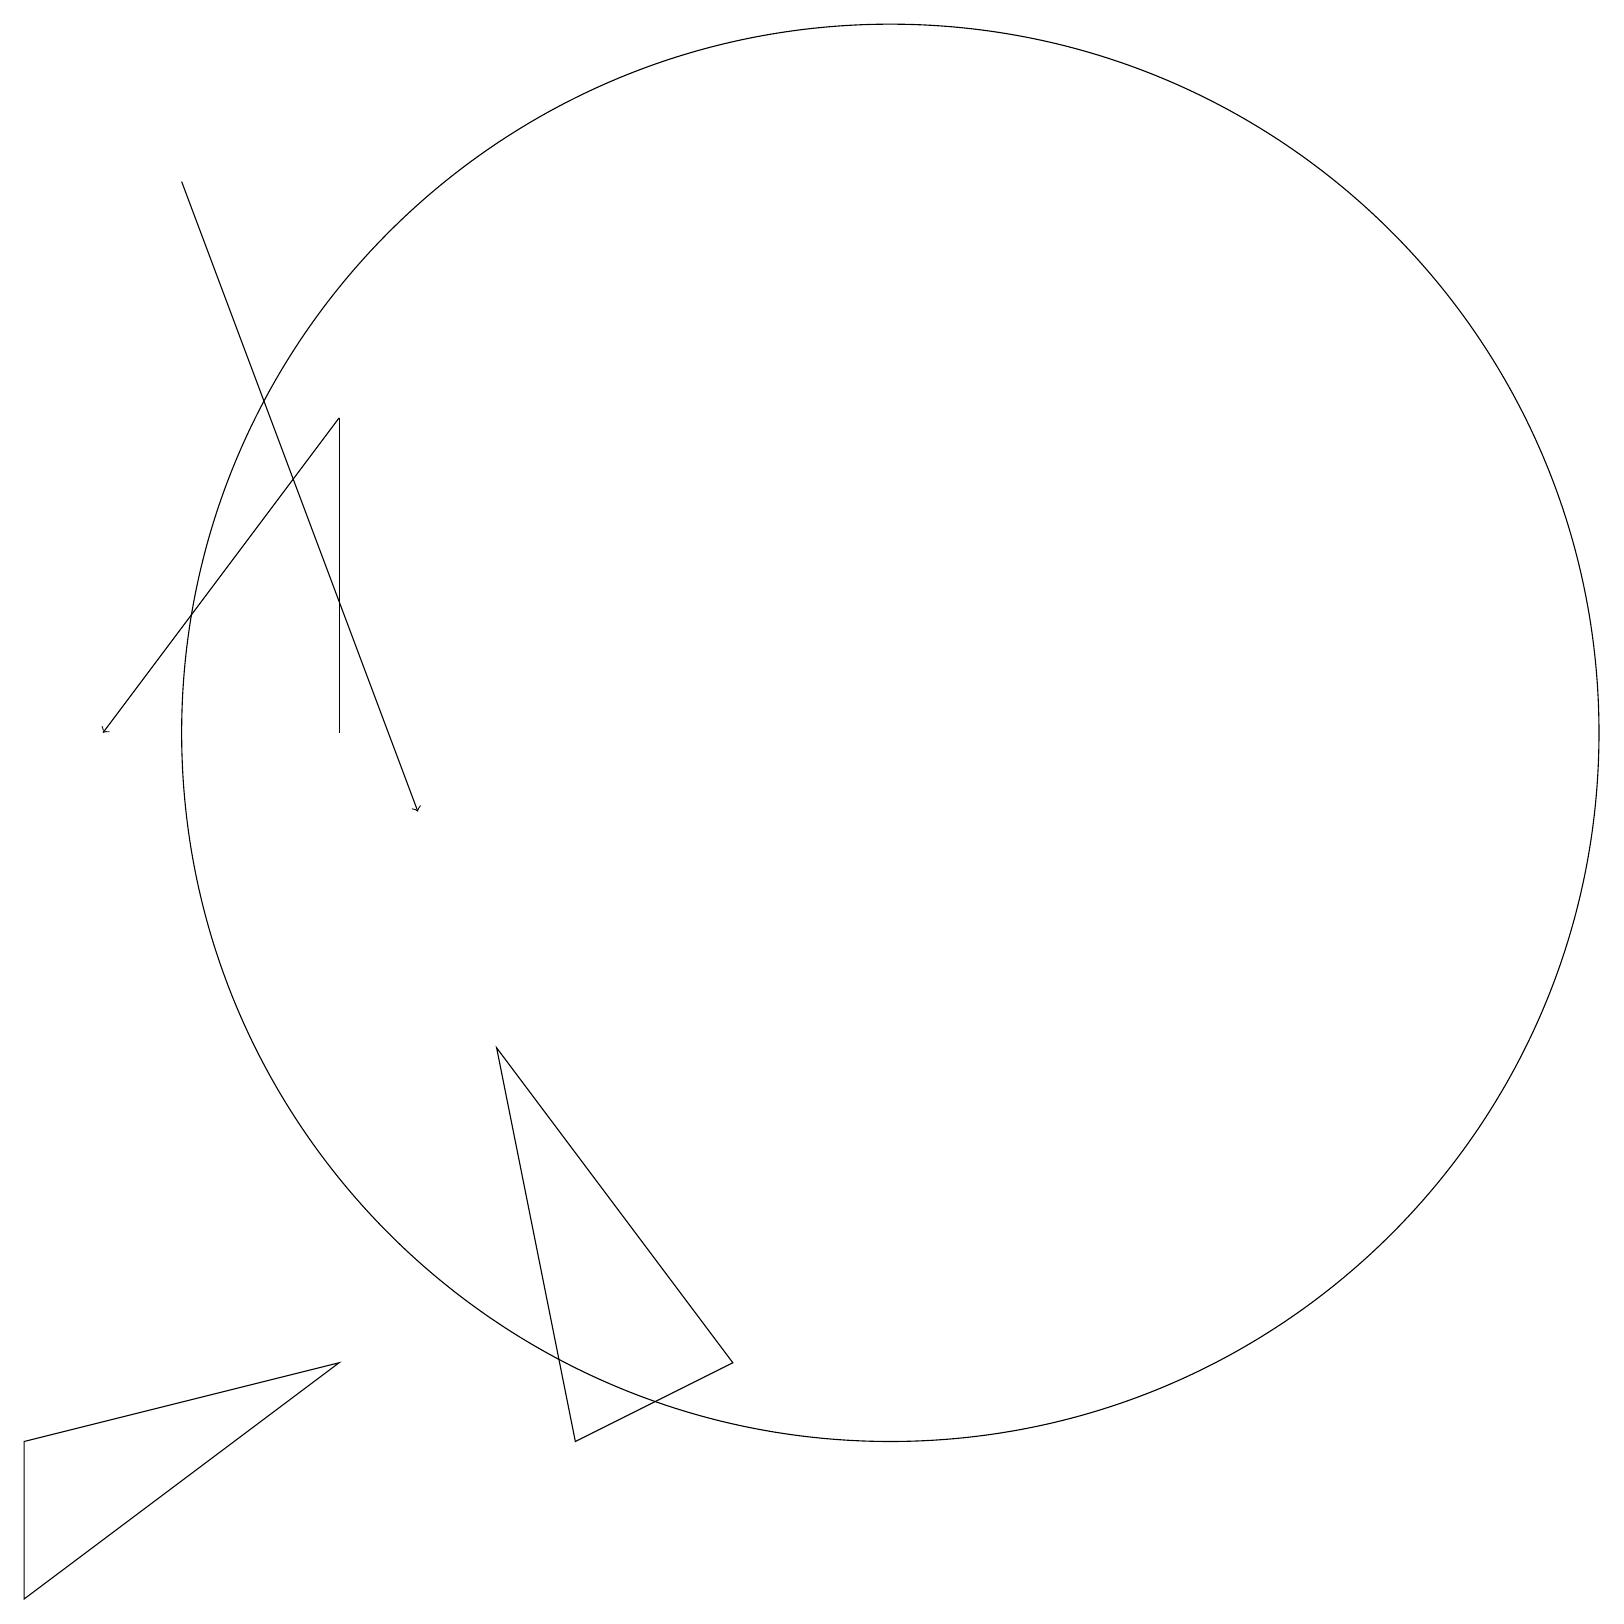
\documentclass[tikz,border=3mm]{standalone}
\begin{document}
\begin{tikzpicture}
\draw (4,11) rectangle (4,15);
\draw[->] (4,15) -- (1,11);
\draw (6,7) -- (9,3) -- (7,2) -- cycle;
\draw (11,11) circle (9);
\draw (4,3) -- (0,2) -- (0,0) -- cycle;
\draw[->] (2,18) -- (5,10);
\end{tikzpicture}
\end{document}